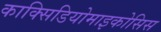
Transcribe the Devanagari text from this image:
काक्सिडियोमाइकोसिस